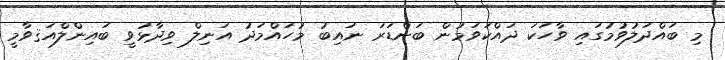
މި ބައްދަލުވުމުގައި ވާހަކަ ދައްކަވަމުން ބަންޑަރަ ނައިބު މުހައްމަދު އަނިލް ވިދާޅުވީ ބައިންލްއަޤވާމީ